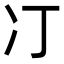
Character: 㓅